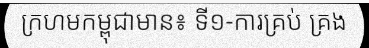
ក្រហមកម្ពុជាមាន៖ ទី១-ការគ្រប់ គ្រង